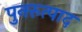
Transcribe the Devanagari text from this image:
पुनरुत्पाद